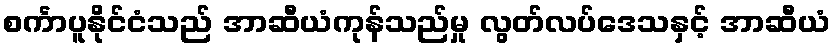
စင်္ကာပူနိုင်ငံသည် အာဆီယံကုန်သည်မှု လွတ်လပ်ဒေသနှင့် အာဆီယံ